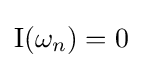
\operatorname {I} (\omega _{n})=0